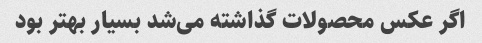
اگر عکس محصولات گذاشته می‌شد بسیار بهتر بود